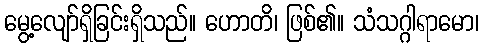
မွေ့လျော်ရှိခြင်းရှိသည်။ ဟောတိ၊ ဖြစ်၏။ သံသဂ္ဂါရာမော၊